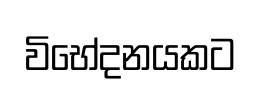
විභේදනයකට